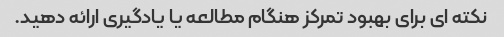
نکته ای برای بهبود تمرکز هنگام مطالعه یا یادگیری ارائه دهید.